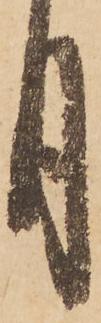
月